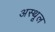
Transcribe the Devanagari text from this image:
अस्थूल